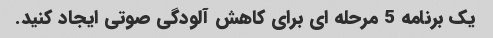
یک برنامه 5 مرحله ای برای کاهش آلودگی صوتی ایجاد کنید.